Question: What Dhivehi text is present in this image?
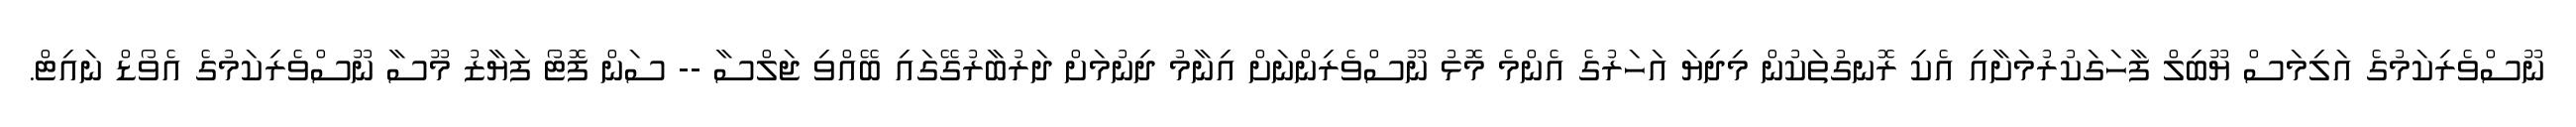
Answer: ނޫސްވެރިކަމުގެ އަލިމަސް ޔޫބިލް ފާހަގަކުރުމަށާއި އެކި ރޮނގުތަކުން މިދިޔަ އަހަރުގެ އެންމެ މޮޅު ނޫސްވެރިންނަށް އިނާމު ދިނުމަށް ދަރުބާރުގޭގައި ބޭއްވި ޖަލްސާ -- ސަން ފޮޓޯ ފަޔާޒު މޫސާ ނޫސްވެރިކަމުގެ އެވޯޑް ނައިޓް.